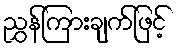
ညွှန်ကြားချက်ဖြင့်